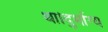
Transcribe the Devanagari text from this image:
था।दुर्भाग्य